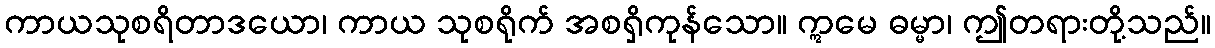
ကာယသုစရိတာဒယော၊ ကာယ သုစရိုက် အစရှိကုန်သော။ ဣမေ ဓမ္မာ၊ ဤတရားတို့သည်။